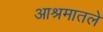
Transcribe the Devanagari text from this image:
आश्रमातले